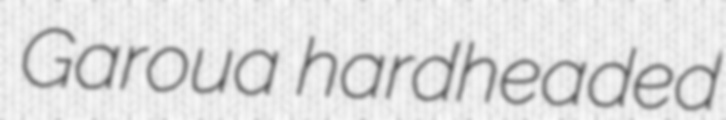
Garoua hardheaded